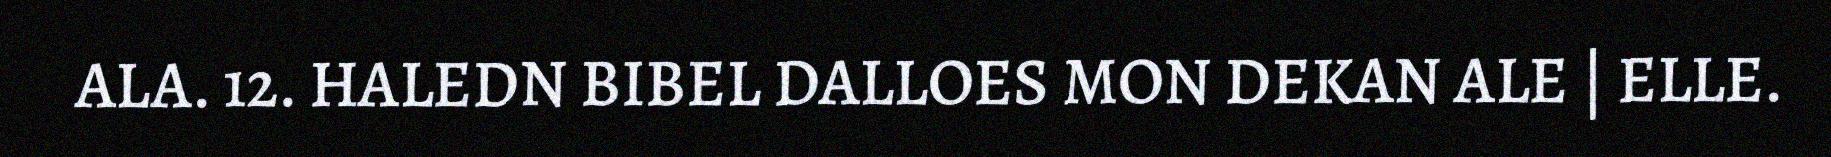
ALA. 12. HALEDN BIBEL DALLOES MON DEKAN ALE | ELLE.